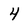
Character: 4